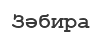
Зәбира